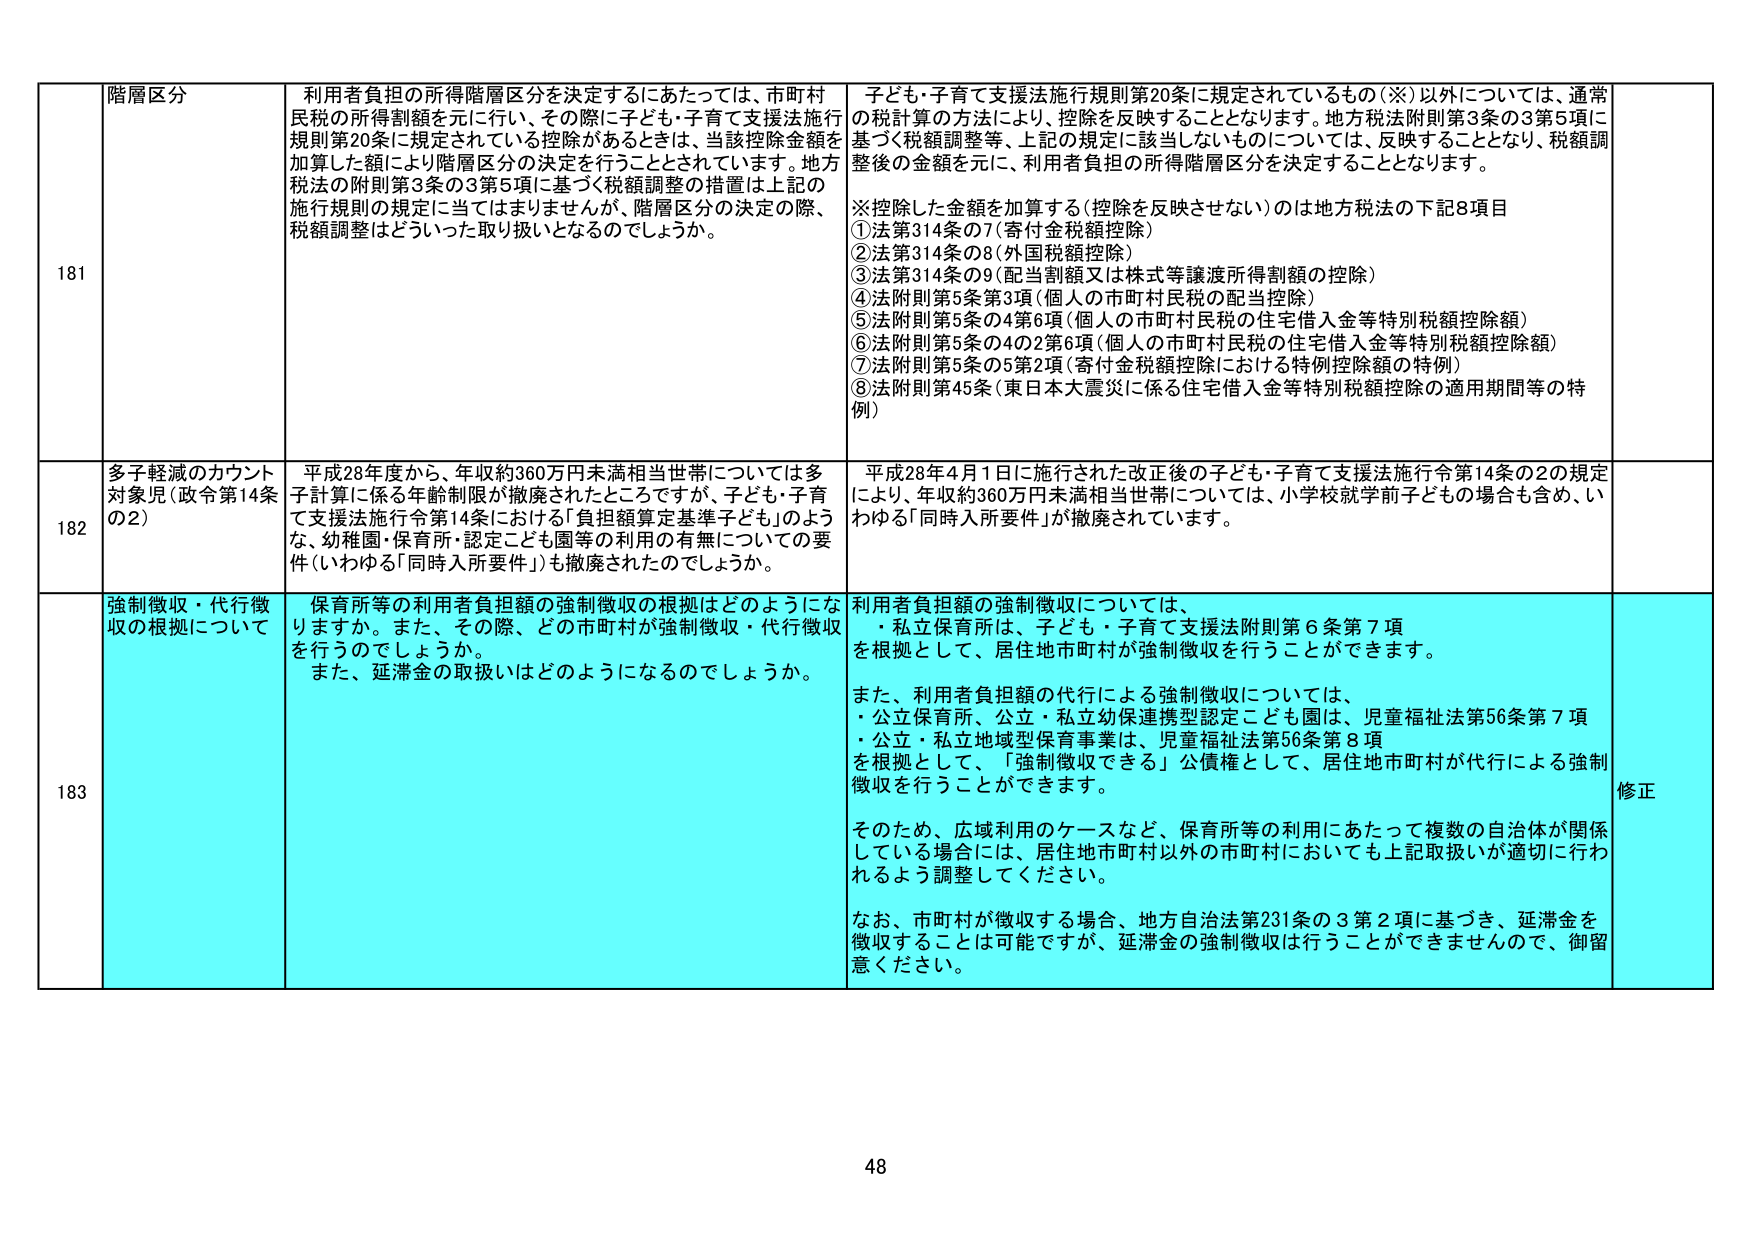
181 階層区分
利用者負担の所得階層区分を決定するにあたっては、市町村民税の所得割額を元に行い、その際に子ども・子育て支援法施行規則第20条に規定されている控除があるときは、当該控除金額を加算した額により階層区分の決定を行うこととされています。地方税法の附則第3条の3第5項に基づく税額調整の措置は上記の施行規則の規定に当てはまりませんが、階層区分の決定の際、税額調整はどういった取り扱いとなるのでしょうか。

子ども・子育て支援法施行規則第20条に規定されているもの（※）以外については、通常の税計算の方法により、控除を反映することとなります。地方税法附則第3条の3第5項に基づく税額調整等、上記の規定に該当しないものについては、反映することとなり、税額調整後の金額を元に、利用者負担の所得階層区分を決定することとなります。

※控除した金額を加算する（控除を反映させない）のは地方税法の下記8項目
①法第314条の7（寄付金税額控除）
②法第314条の8（外国税額控除）
③法第314条の9（配当割額又は株式等譲渡所得割額の控除）
④法附則第5条第3項（個人の市町村民税の配当控除）
⑤法附則第5条の4第6項（個人の市町村民税の住宅借入金等特別税額控除額）
⑥法附則第5条の4の2第6項（個人の市町村民税の住宅借入金等特別税額控除額）
⑦法附則第5条の5第2項（寄付金税額控除における特例控除額の特例）
⑧法附則第45条（東日本大震災に係る住宅借入金等特別税額控除の適用期間等の特例）

182 多子軽減のカウント対象児（政令第14条の2）
平成28年度から、年収約360万円未満相当世帯については多子計算に係る年齢制限が撤廃されたところですが、子ども・子育て支援法施行令第14条における「負担額算定基準子ども」のような、幼稚園・保育所・認定こども園等の利用の有無についての要件（いわゆる「同時入所要件」）も撤廃されたのでしょうか。

平成28年4月1日に施行された改正後の子ども・子育て支援法施行令第14条の2の規定により、年収約360万円未満相当世帯については、小学校就学前子どもの場合も含め、いわゆる「同時入所要件」が撤廃されています。

183 強制徴収・代行徴収の根拠について
保育所等の利用者負担額の強制徴収の根拠はどのようになりますか。また、その際、どの市町村が強制徴収・代行徴収を行うのでしょうか。
また、延滞金の取扱いはどのようになるのでしょうか。

利用者負担額の強制徴収については、
・私立保育所は、子ども・子育て支援法附則第6条第7項を根拠として、居住地市町村が強制徴収を行うことができます。

また、利用者負担額の代行による強制徴収については、
・公立保育所、公立・私立幼保連携型認定こども園は、児童福祉法第56条第7項
・公立・私立地域型保育事業は、児童福祉法第56条第8項
を根拠として、「強制徴収できる」公債権として、居住地市町村が代行による強制徴収を行うことができます。

そのため、広域利用のケースなど、保育所等の利用にあたって複数の自治体が関係している場合には、居住地市町村以外の市町村においても上記取扱いが適切に行われるよう調整してください。

なお、市町村が徴収する場合、地方自治法第231条の3第2項に基づき、延滞金を徴収することは可能ですが、延滞金の強制徴収は行うことができませんので、御留意ください。

修正

48